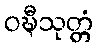
ဝဍ္ဎီသုတ္တံ